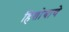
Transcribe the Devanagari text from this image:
हिशोबाचे